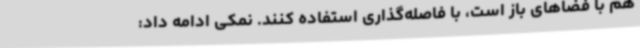
هم با فضاهای باز است، با فاصله‌گذاری استفاده کنند. نمکی ادامه داد: